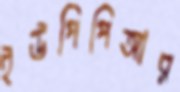
ইউপিপিআর